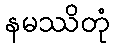
နမဿိတုံ